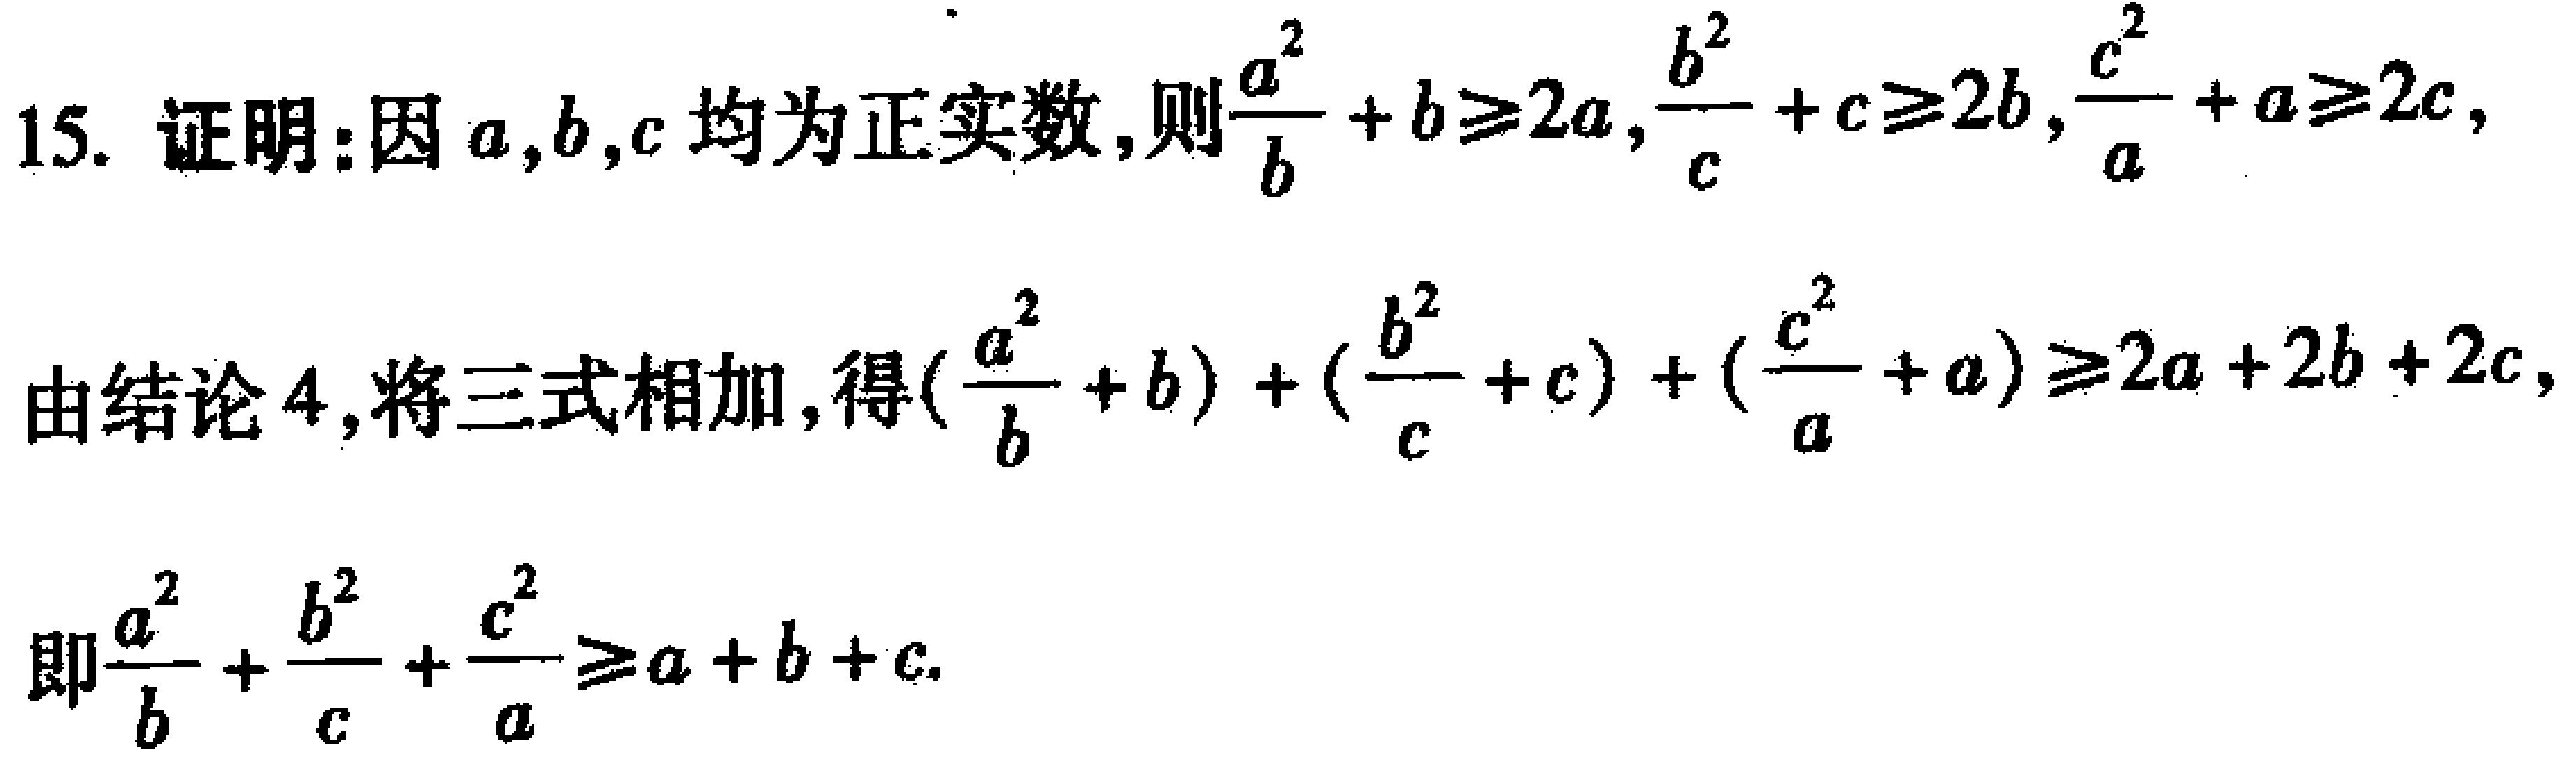
15. 证明：因\(a,b,c\)均为正实数，则\(\frac{a^{2}}{b}+b\geq2a,\frac{b^{2}}{c}+c\geq2b,\frac{c^{2}}{a}+a\geq2c\)，

由结论4，将三式相加，得\((\frac{a^{2}}{b}+b)+(\frac{b^{2}}{c}+c)+(\frac{c^{2}}{a}+a)\geq2a + 2b + 2c\)，

即\(\frac{a^{2}}{b}+\frac{b^{2}}{c}+\frac{c^{2}}{a}\geq a + b + c\).